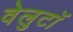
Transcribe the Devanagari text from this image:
वेलुटाॅ